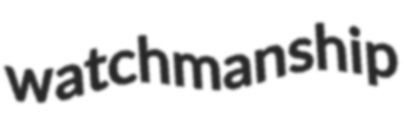
watchmanship